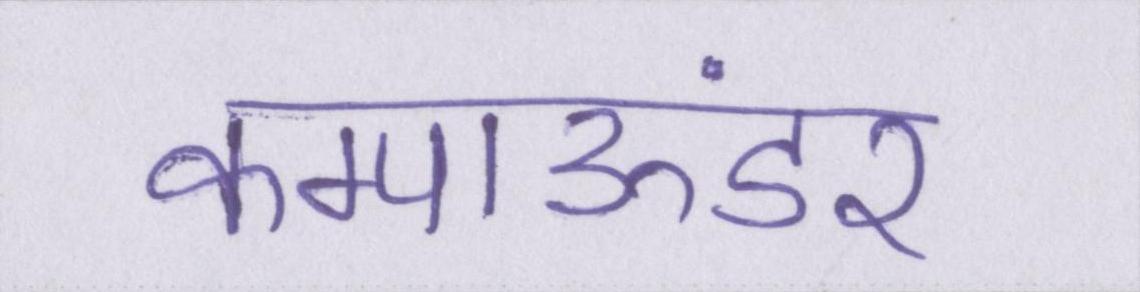
कम्पाऊंडर